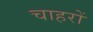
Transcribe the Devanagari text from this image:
चाहरों